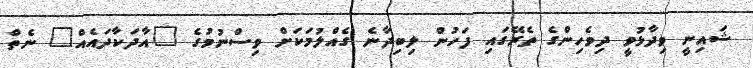
ޝައިނީ ވިދާޅުވީ ދިވެހިންގެ ތެރޭގައި ފަހުން ލިބިދާނެ ގެއްލުމަކަށް ވިސްނުމުގެ "އާދަކާދައެއް" ނެތް